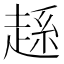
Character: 𧼆